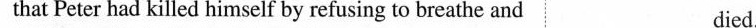
that Peter had killed himself by refusing to breathe and died.